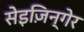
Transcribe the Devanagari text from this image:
सेइज़िन्गेर